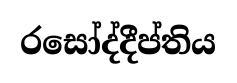
රසෝද්දීප්තිය